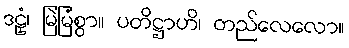
ဒဠှံ၊ မြဲမြံစွာ။ ပတိဋ္ဌာဟိ၊ တည်လေလော။